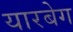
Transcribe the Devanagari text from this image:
यारबेग